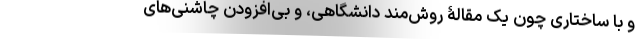
و با ساختاری چون یک مقالۀ روش‌مند دانشگاهی، و بی‌افزودن چاشنی‌های